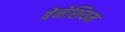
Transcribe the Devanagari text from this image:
बेनेशियम